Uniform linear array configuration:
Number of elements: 24
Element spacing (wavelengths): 0.25
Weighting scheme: binomial
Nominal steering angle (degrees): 15
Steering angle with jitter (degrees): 14.841
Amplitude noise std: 0.05
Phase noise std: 0.05

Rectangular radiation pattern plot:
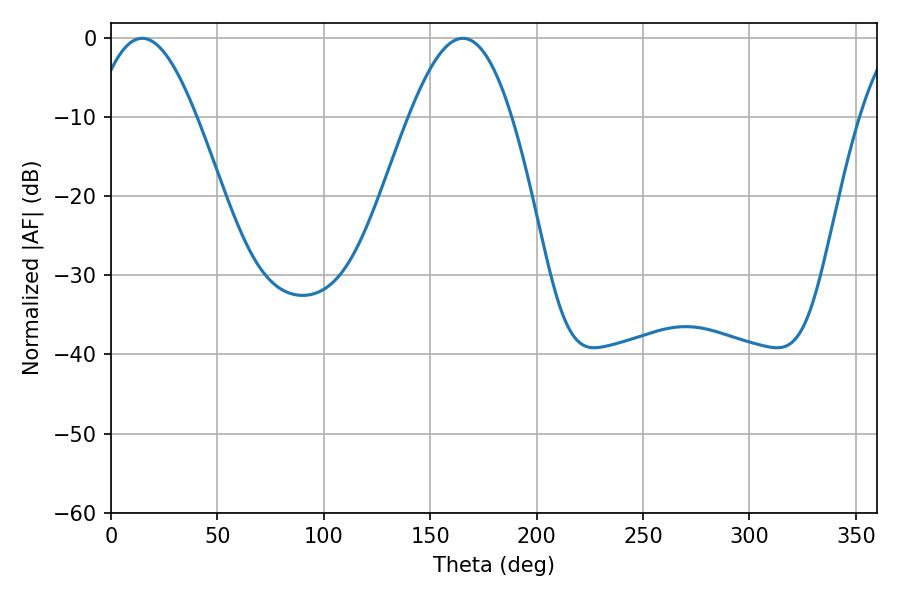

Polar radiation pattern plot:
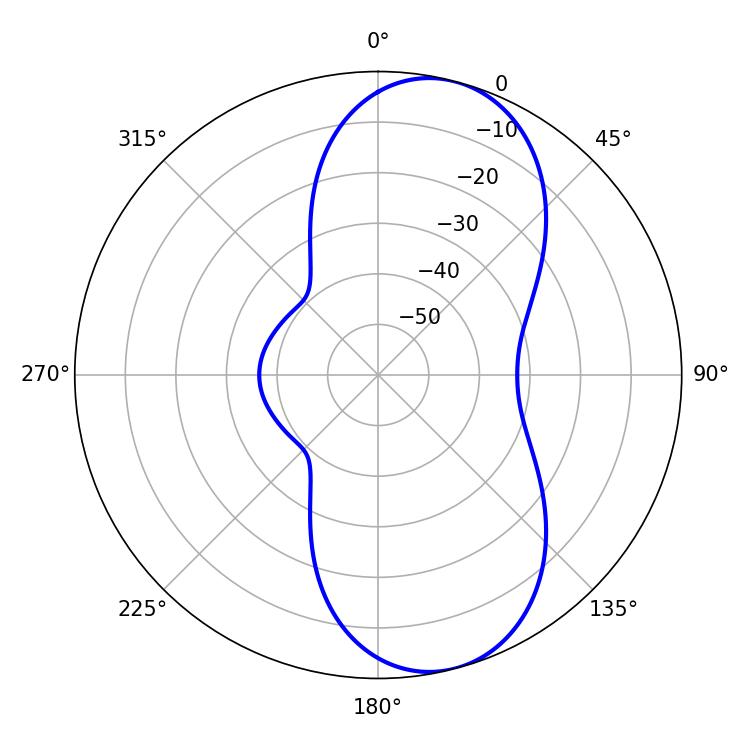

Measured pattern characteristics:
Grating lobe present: FALSE
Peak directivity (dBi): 8.852
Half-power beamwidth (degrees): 26.1
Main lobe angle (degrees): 14.58